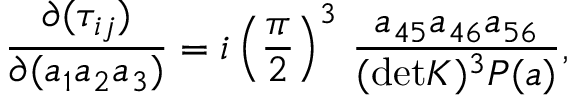
{ \frac { \partial ( \tau _ { i j } ) } { \partial ( a _ { 1 } a _ { 2 } a _ { 3 } ) } } = i \left( \frac { \pi } { 2 } \right) ^ { 3 } \, { \frac { a _ { 4 5 } a _ { 4 6 } a _ { 5 6 } } { ( \mathrm { d e t } K ) ^ { 3 } P ( a ) } } ,